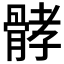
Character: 𩩉